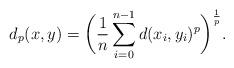
LaTeX: \begin{align*} d_p(x,y) = \bigg(\frac{1}{n}\sum\limits_{i=0}^{n-1}d(x_i, y_i)^p\bigg)^{\frac{1}{p}}. \end{align*}